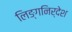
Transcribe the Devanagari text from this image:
लिङ्गनिर्देश